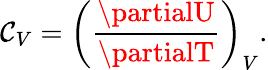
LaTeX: \mathcal{C}_{V}=\left({\frac{{\partialU}}{{\partialT}}}\right)_{V}.